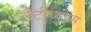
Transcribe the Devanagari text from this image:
लैटीच्यूड्स